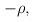
LaTeX: \begin{align*} - \rho,\end{align*}